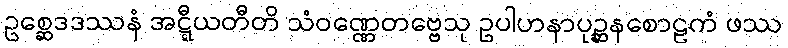
ဥစ္ဆေဒဒဿနံ အဋ္ဋီယတီတိ သံဝဏ္ဏေတဗ္ဗေသု ဥပါဟနာပုဉ္ဆနစောဠကံ ဖဿ